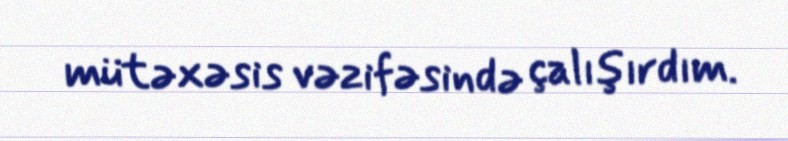
mütəxəsis vəzifəsində çalışırdım.